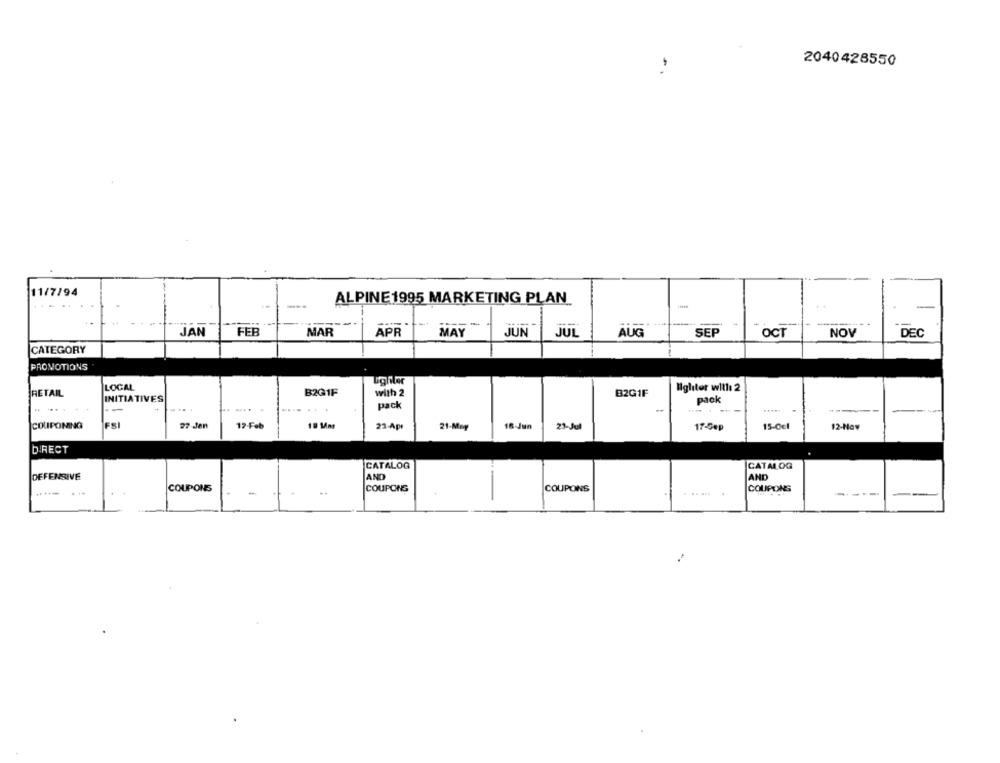
2040428550
11/7/94
ALPINE 1995 MARKETING PLAN
-=
JAN
FEB
MAR
APR
MAY
JUN
JUL
AUG
SEP
OCT
NOV
DEC
CATEGORY
PROMOTIONS
LOCAL
lgliter will 2
RETAIL
INITIATIVES
B2G1F
with 2
B2G1F
pack
pack
....
COUPONING
FSI
27 Jan
12-Feb
18 MAM
23-Apr
21-May
16-Jun
23-Jul
17-Cep
15-0€l
12-Nov
DIRECT
CATALOG
CATALOG
DEFENSIVE
AND
AND
COUPONS
COUPONS
COUPONS
COUPONS
... ...
-----
--